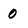
Character: 0